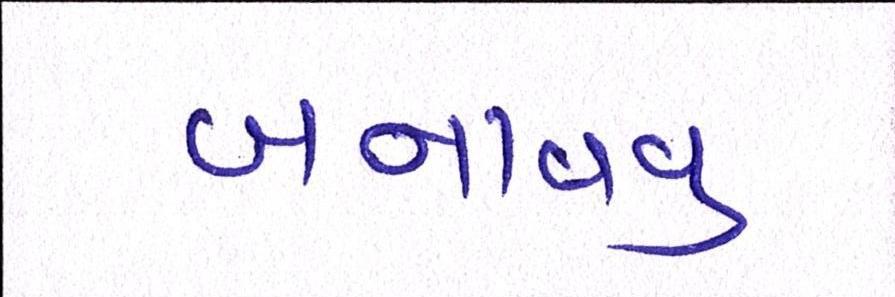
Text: બનાવવુઃ